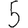
Digit: 5